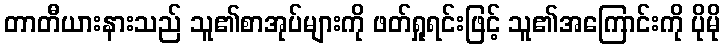
တာတီယားနားသည် သူ၏စာအုပ်များကို ဖတ်ရှုရင်းဖြင့် သူ၏အကြောင်းကို ပိုမို